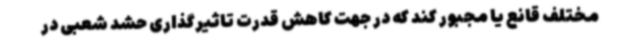
مختلف قانع یا مجبور کند که در جهت کاهش قدرت تاثیرگذاری حشد شعبی در